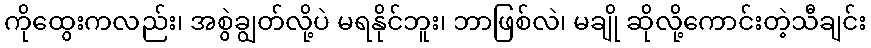
ကိုထွေးကလည်း၊ အစွဲချွတ်လို့ပဲ မရနိုင်ဘူး၊ ဘာဖြစ်လဲ၊ မချို ဆိုလို့ကောင်းတဲ့သီချင်း